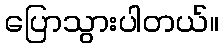
ပြောသွားပါတယ်။